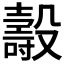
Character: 𣫐